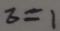
z = 1